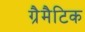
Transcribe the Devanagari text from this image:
ग्रैमैटिक